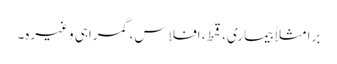
برا مثلاً بیماری، قحط، افلاس، گمراہی وغیرہ۔